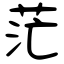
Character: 茫